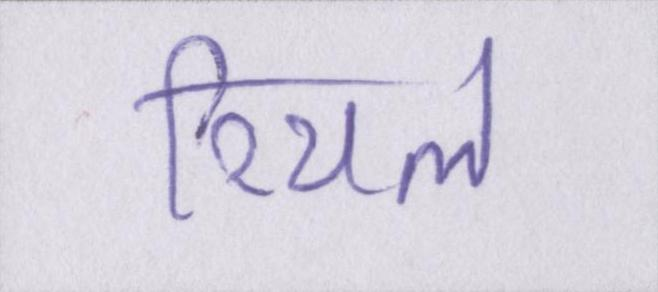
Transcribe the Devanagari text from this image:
रियल